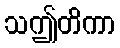
သဤတိကာ